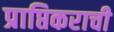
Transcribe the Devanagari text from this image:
प्राप्तिकराची